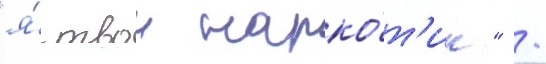
"я́ твои нарко́т'ик" /